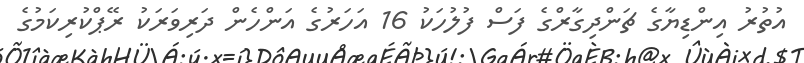
އުތުރު އިންޑިޔާގެ ޗަންދިގާރްގެ ފަސް ފުލުހަކު 16 އަހަރުގެ އަންހެން ދަރިވަރަކު ރޭޕްކުރިކަމުގެ